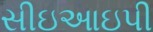
સીઇઆઇપી